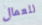
للعمال